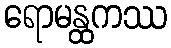
ရောမန္ထကဿ